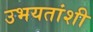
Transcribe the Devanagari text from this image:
उभयतांशी